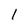
Character: l